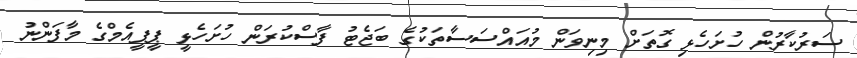
ސަރުކާރުން ހުށަހެޅި ގޮތަށް މިނިވަން މުއައްސަސާތަކުގެ ބަޖެޓު ފާސްކުރަން ހުށަހެޅީ ޕީޕީއެމްގެ މާފަންނު